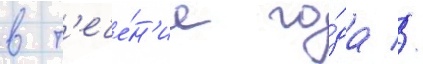
в т'ече́н'ие го́да //